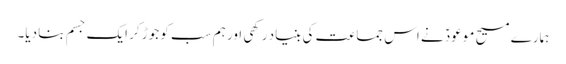
ہمارے مسیح موعودؑ نے اس جماعت کی بنیاد رکھی اور ہم سب کو جوڑ کر ایک جسم بنا دیا۔